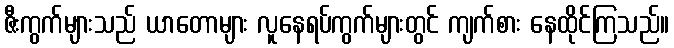
ဇီးကွက်များသည် ယာတောများ လူနေရပ်ကွက်များတွင် ကျက်စား နေထိုင်ကြသည်။